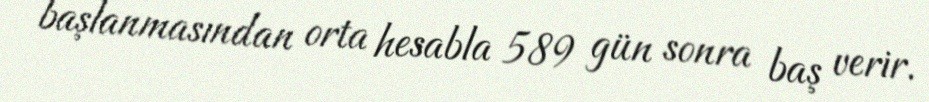
başlanmasından orta hesabla 589 gün sonra baş verir.